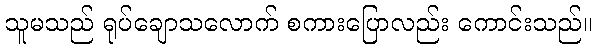
သူမသည် ရုပ်ချောသလောက် စကားပြောလည်း ကောင်းသည်။